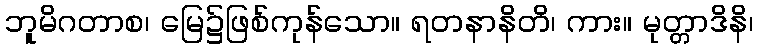
ဘူမိဂတာစ၊ မြေ၌ဖြစ်ကုန်သော။ ရတနာနိတိ၊ ကား။ မုတ္တာဒိနိ၊